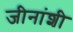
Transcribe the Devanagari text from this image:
जीनांशी